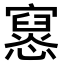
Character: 𫴔